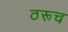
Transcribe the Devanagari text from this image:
ठरूच